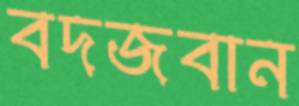
বদজবান